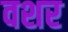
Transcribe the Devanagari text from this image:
वशर